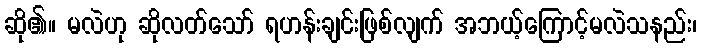
ဆို၏။ မလဲဟု ဆိုလတ်သော် ရဟန်းချင်းဖြစ်လျက် အဘယ့်ကြောင့်မလဲသနည်း၊